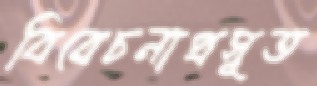
বিবেচনাপ্রসূত